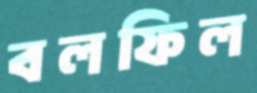
বলফিল